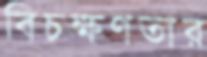
বিচক্ষণতার